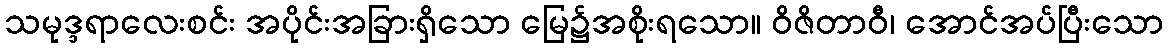
သမုဒ္ဒရာလေးစင်း အပိုင်းအခြားရှိသော မြေ၌အစိုးရသော။ ဝိဇိတာဝီ၊ အောင်အပ်ပြီးသော